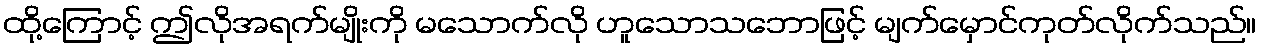
ထို့ကြောင့် ဤလိုအရက်မျိုးကို မသောက်လို ဟူသောသဘောဖြင့် မျက်မှောင်ကုတ်လိုက်သည်။